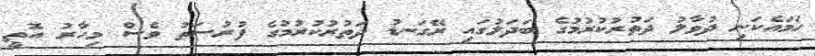
ހަމައެކަނި ދުވާލު ދަތުރުކުރުމުގެ ބަދަލުގައި ރޭގަނޑު ދަތުރުކުރުމުގެ ފުރުސަތު ވެސް މިހާރު އޮތީ